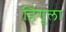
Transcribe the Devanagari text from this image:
हिंगुला